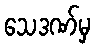
သေဒဏ်မှ